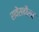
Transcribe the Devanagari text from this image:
रावेंसबौर्न